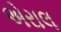
એરાલ